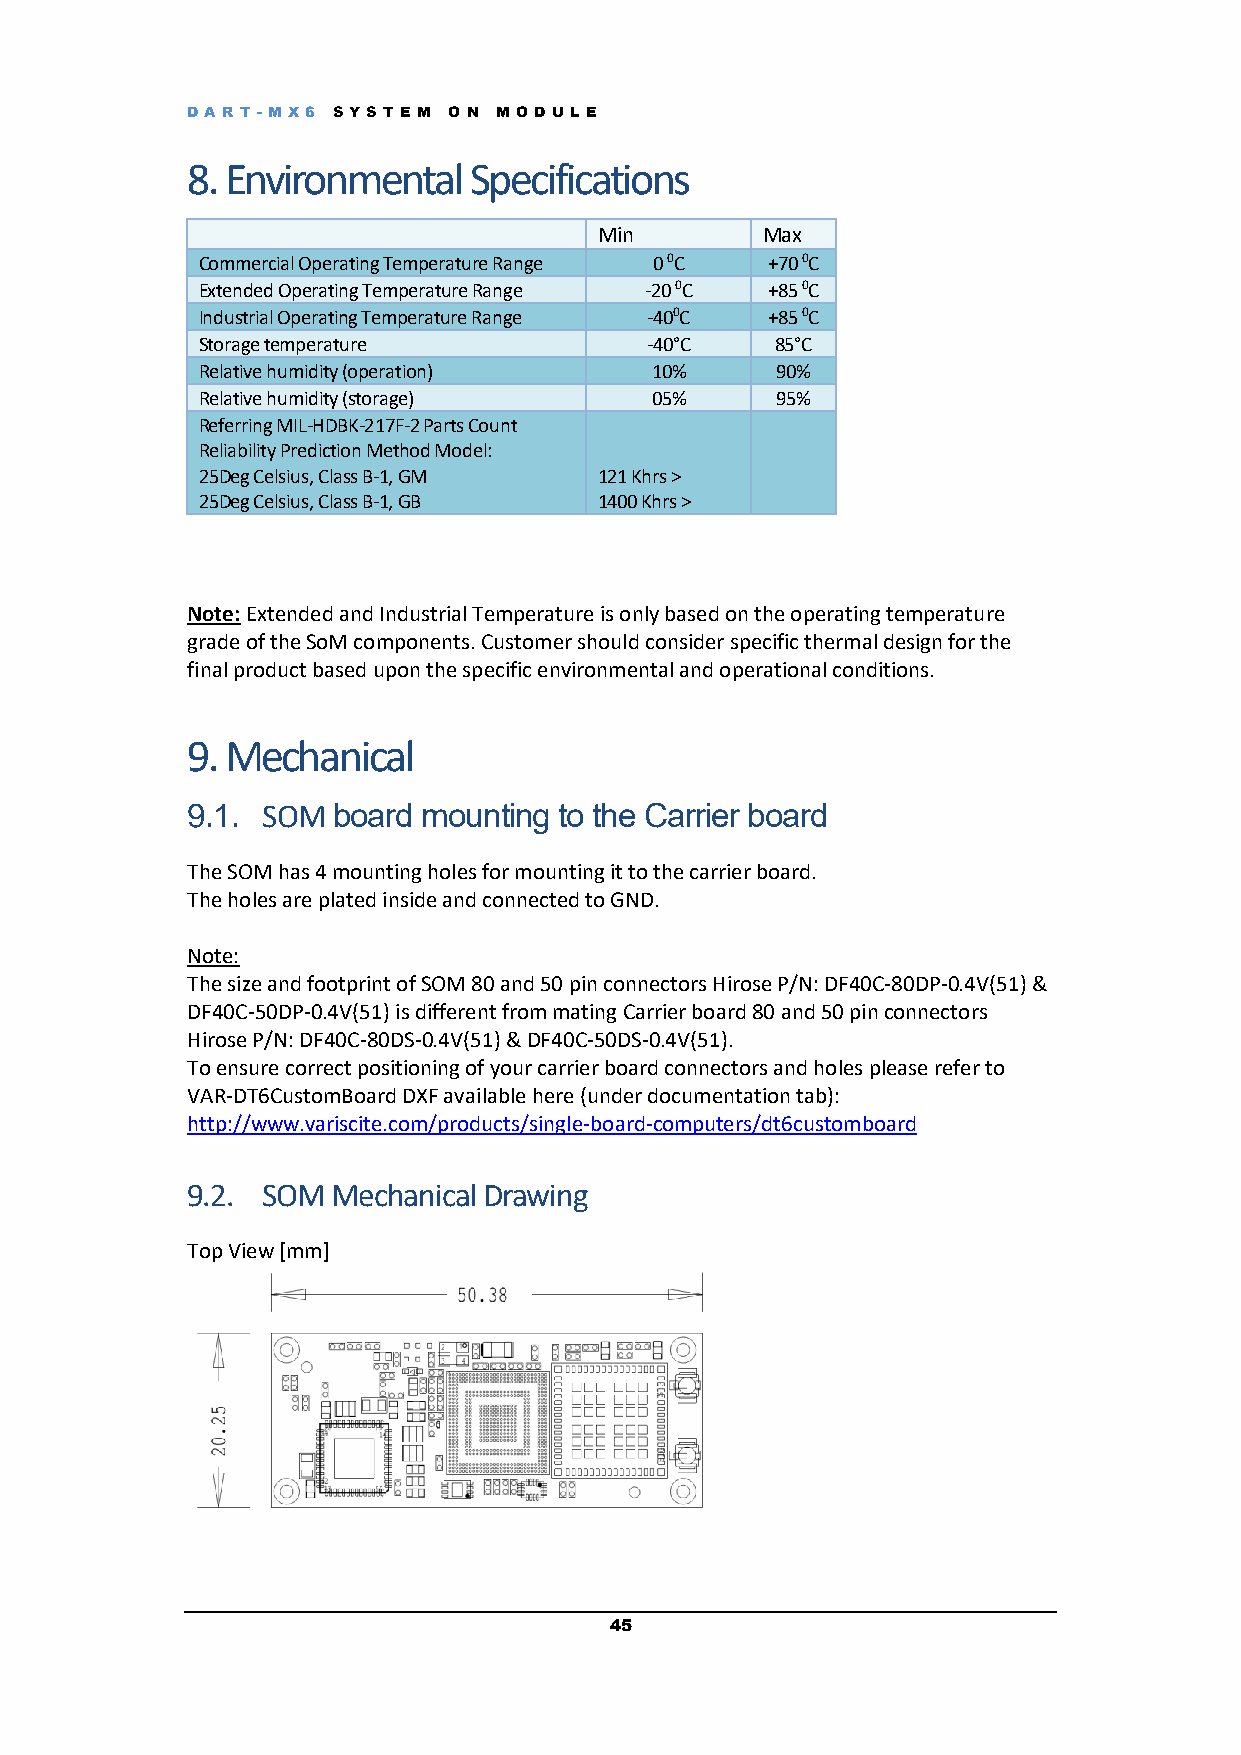
DART -M X6 S YS T E M O N M OD UL E
 8. Environmental   Specifications
 Min       Max
 Commercial Operating Temperature Range 0 0C +70 0C
 Extended Operating Temperature Range -20 0C +85 0C
 Industrial Operating Temperature Range -400C +85 0C
 Storage temperature           -40°C   85°C
 Relative humidity (operation) 10%     90%
 Relative humidity (storage)   05%     95%
 Referring MIL-HDBK-217F-2 Parts Count
 Reliability Prediction Method Model:
 25Deg Celsius, Class B-1, GM 121 Khrs >
 25Deg Celsius, Class B-1, GB 1400 Khrs >
 Note: Extended and Industrial Temperature is only based on the operating temperature
 grade of the SoM components. Customer should consider specific thermal design for the
 final product based upon the specific environmental and operational conditions.
 9. Mechanical
 9.1. SOM  board mounting to the Carrier board
 The SOM has 4 mounting holes for mounting it to the carrier board.
 The holes are plated inside and connected to GND.
 Note:
 The size and footprint of SOM 80 and 50 pin connectors Hirose P/N: DF40C-80DP-0.4V(51) &
 DF40C-50DP-0.4V(51) is different from mating Carrier board 80 and 50 pin connectors
 Hirose P/N: DF40C-80DS-0.4V(51) & DF40C-50DS-0.4V(51).
 To ensure correct positioning of your carrier board connectors and holes please refer to
 VAR-DT6CustomBoard DXF available here (under documentation tab):
 http://www.variscite.com/products/single-board-computers/dt6customboard
 9.2. SOM  Mechanical Drawing
 Top View [mm]
 45